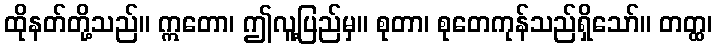
ထိုနတ်တို့သည်။ ဣတော၊ ဤလူ့ပြည်မှ။ စုတာ၊ စုတေကုန်သည်ရှိသော်။ တတ္ထ၊